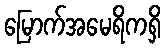
မြောက်အမေရိကရှိ